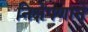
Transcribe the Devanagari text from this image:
निक्षेपणाने